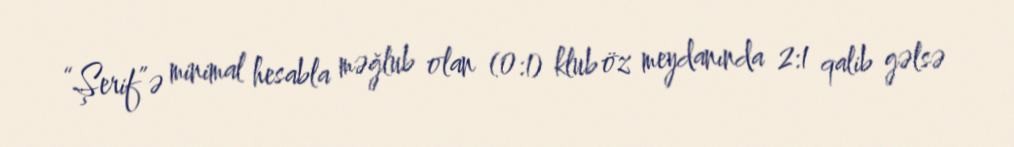
“Şerif”ə minimal hesabla məğlub olan (0:1) klub öz meydanında 2:1 qalib gəlsə